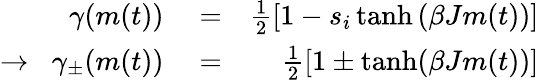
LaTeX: \begin{array}{rlr}{\gamma(m(t))}&{{}=}&{\frac{1}{2}\left[1-s_{i}\operatorname{tanh}\left(\beta Jm(t)\right)\right]}\\ {\rightarrow\; \; \gamma_{\pm}(m(t))}&{{}=}&{\frac{1}{2}\left[1\pm\operatorname{tanh}(\beta Jm(t))\right]}\end{array}